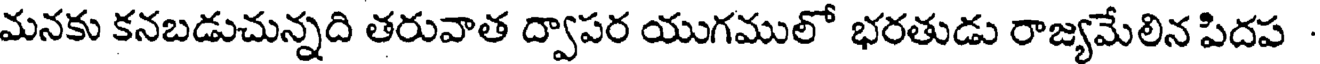
మనకు కనబడుచున్నది తరువాత ద్వాపర యుగములో భరతుడు రాజ్యమేలిన పిదప